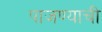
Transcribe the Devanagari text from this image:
पाजण्याची